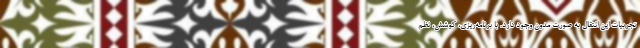
تجربيات این انتقال به صورت مدون وجود دارد. با برنامه‌ريزي، كوشش، نظم